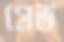
গ্রেভ